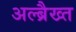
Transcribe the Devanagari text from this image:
अल्ब्रैख्त